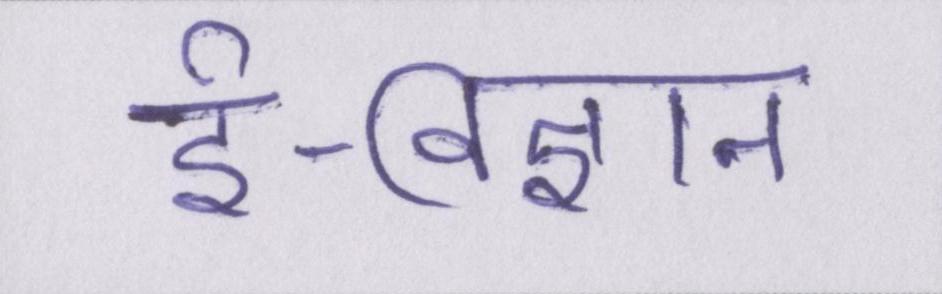
ई-विज्ञान